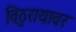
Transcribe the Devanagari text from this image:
विठुरायावर